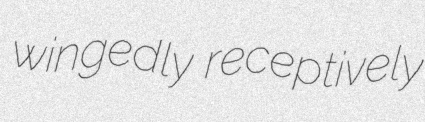
wingedly receptively